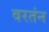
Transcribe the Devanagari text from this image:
वरतंन